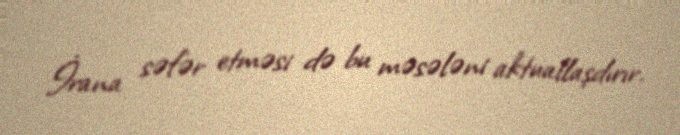
İrana səfər etməsi də bu məsələni aktuallaşdırır.